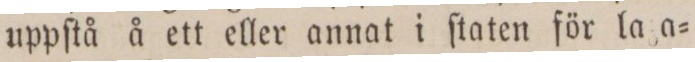
uppſtå å ett eller annat i ſtaten för la a=